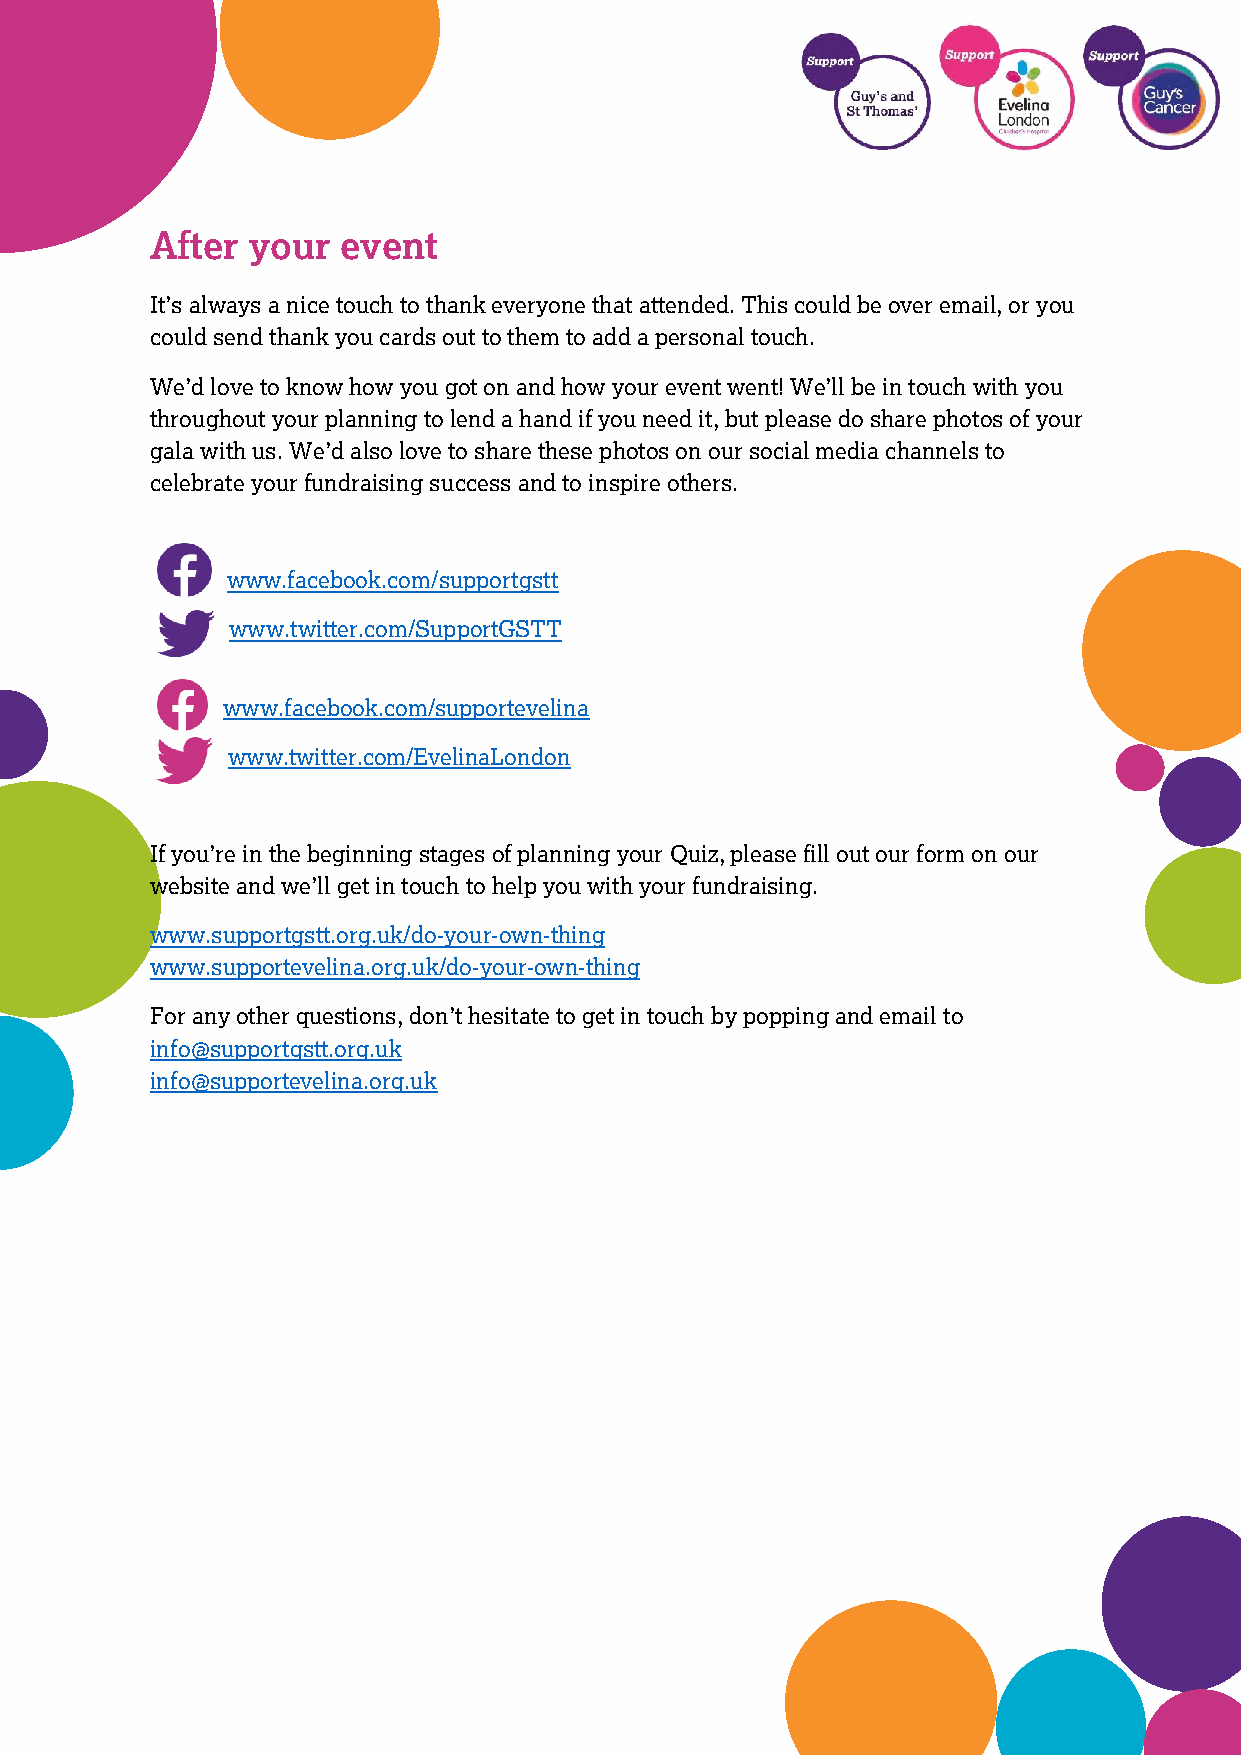
After your   event
 It’s always a nice touch to thank everyone that attended. This could be over email, or you
 could send thank you cards out to them to add a personal touch.
 We’d love to know how you got on and how your event went! We’ll be in touch with you
 throughout your planning to lend a hand if you need it, but please do share photos of your
 gala with us. We’d also love to share these photos on our social media channels to
 celebrate your fundraising success and to inspire others.
 www.facebook.com/supportgstt
 www.twitter.com/SupportGSTT
 www.facebook.com/supportevelina
 www.twitter.com/EvelinaLondon
 If you’re in the beginning stages of planning your Quiz, please fill out our form on our
 website and we’ll get in touch to help you with your fundraising.
 www.supportgstt.org.uk/do-your-own-thing
 www.supportevelina.org.uk/do-your-own-thing
 For any other questions, don’t hesitate to get in touch by popping and email to
 info@supportgstt.org.uk
 info@supportevelina.org.uk